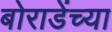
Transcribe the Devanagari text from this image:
बोराडेंच्या